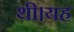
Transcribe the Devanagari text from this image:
थी।यह